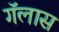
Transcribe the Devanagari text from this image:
गॅलास